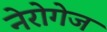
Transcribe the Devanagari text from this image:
नेरोगेज